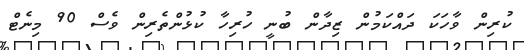
ކުރިން ވާހަކަ ދައްކަމުން ޒިދާން ބުނީ ހުރިހާ ކުޅުންތެރިން ވެސް 90 މިނެޓް